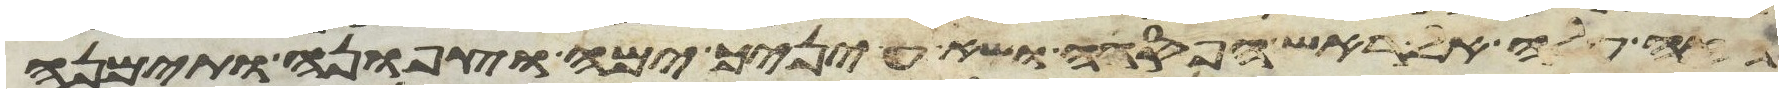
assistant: הזה עלה אל ראש הפסגה ושא עיניך ימה וצפונה ותימנה